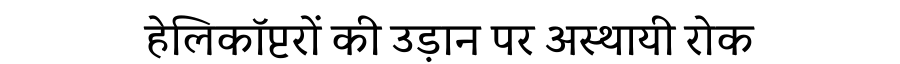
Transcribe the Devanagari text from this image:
हेलिकॉप्टरों की उड़ान पर अस्थायी रोक